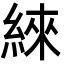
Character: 䋱